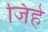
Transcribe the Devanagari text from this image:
जिहे